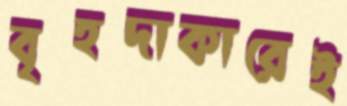
বৃহদাকারেই